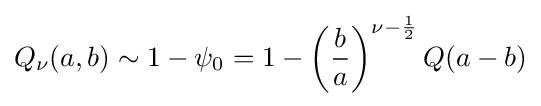
Q_{\nu }(a,b)\sim 1-\psi _{0}=1-\left({\frac {b}{a}}\right)^{\nu -{\frac {1}{2}}}Q(a-b)